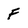
Character: F